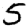
Digit: 5